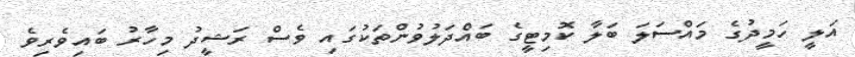
އަލީ ހަމީދުގެ މައްސަލަ ބަލާ ކޮމިޓީގެ ބައްދަލުވުންތަކުގައި ވެސް ރަޝީދު މިހާރު ބައިވެރިވެ